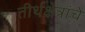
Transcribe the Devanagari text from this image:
तीर्थक्षेत्रांचे